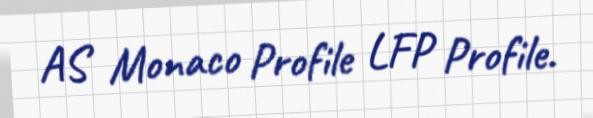
AS Monaco Profile LFP Profile.